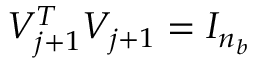
V _ { j + 1 } ^ { T } V _ { j + 1 } = I _ { n _ { b } }